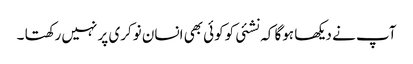
آپ نے دیکھا ہوگا کہ نشئی کوکوئی بھی انسان نوکری پر نہیں رکھتا ۔